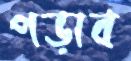
পড়াব